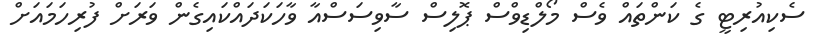
ސެކިއުރިޓީ ގެ ކަންތައް ވެސް މޯލްޑިވްސް ޕޮލިސް ސާވިސަސްއާ ވާހަކަދައްކައިގެން ވަރަށް ފުރިހަމައަށް